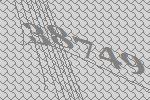
38749